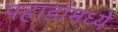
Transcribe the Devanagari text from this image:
पहाडांमध्ये